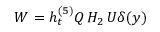
W = h _ { t } ^ { ( 5 ) } Q \, H _ { 2 } \, U \delta ( y )